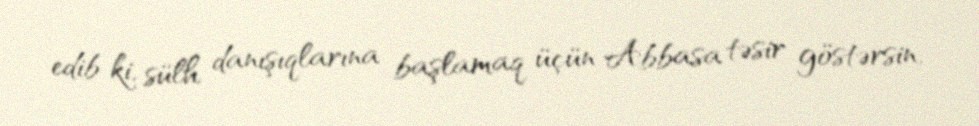
edib ki, sülh danışıqlarına başlamaq üçün Abbasa təsir göstərsin.